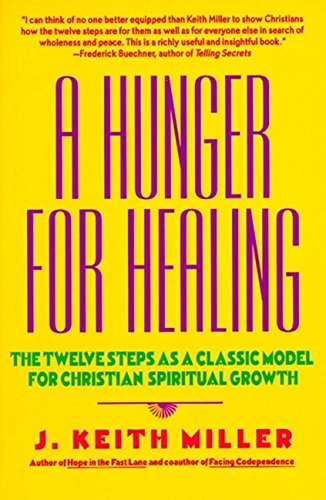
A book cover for A Hunger for Healing: The Twelve Steps as a Classic Model for Christian Spiritual Growth; J. Keith Miller; Health, Fitness & Dieting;